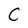
Character: C